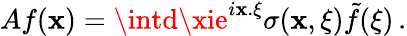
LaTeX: Af(\mathbf{x})=\intd\xie^{i\mathbf{x}.\xi}\sigma(\mathbf{x},\xi)\tilde{{f}}(\xi)\, .